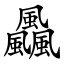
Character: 飍